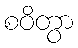
စဝိတွာ